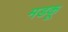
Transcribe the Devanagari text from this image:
मडकू